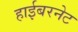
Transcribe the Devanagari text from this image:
हाईबरनेट